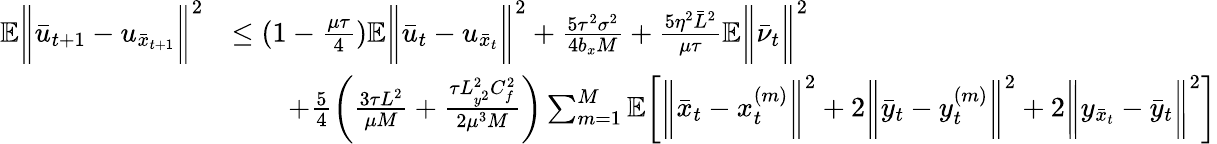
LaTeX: \begin{array}{rl}{\mathbb{E}\bigg\| \bar{u}_{t+1}-u_{\bar{x}_{t+1}}\bigg\| ^{2}}&{\leq(1-\frac{\mu\tau}{4})\mathbb{E}\bigg\| \bar{u}_{t}-u_{\bar{x}_{t}}\bigg\| ^{2}+\frac{5\tau^{2}\sigma^{2}}{4b_{x}M}+\frac{5\eta^{2}\bar{L}^{2}}{\mu\tau}\mathbb{E}\bigg\| \bar{\nu}_{t}\bigg\| ^{2}}\\ &{\qquad+\frac{5}{4}\bigg(\frac{3\tau L^{2}}{\mu M}+\frac{\tau L_{y^{2}}^{2}C_{f}^{2}}{2\mu^{3}M}\bigg)\sum_{m=1}^{M}\mathbb{E}\bigg[\bigg\| \bar{x}_{t}-x_{t}^{(m)}\bigg\| ^{2}+2\bigg\| \bar{y}_{t}-y_{t}^{(m)}\bigg\| ^{2}+2\bigg\| y_{\bar{x}_{t}}-\bar{y}_{t}\bigg\| ^{2}\bigg]}\end{array}